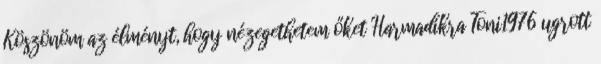
Köszönöm az élményt, hogy nézegethetem őket Harmadikra Toni1976 ugrott